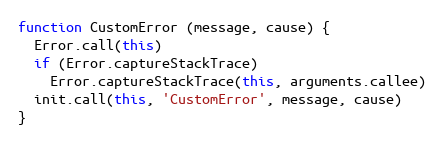
Language: JavaScript
function CustomError (message, cause) {
  Error.call(this)
  if (Error.captureStackTrace)
    Error.captureStackTrace(this, arguments.callee)
  init.call(this, 'CustomError', message, cause)
}